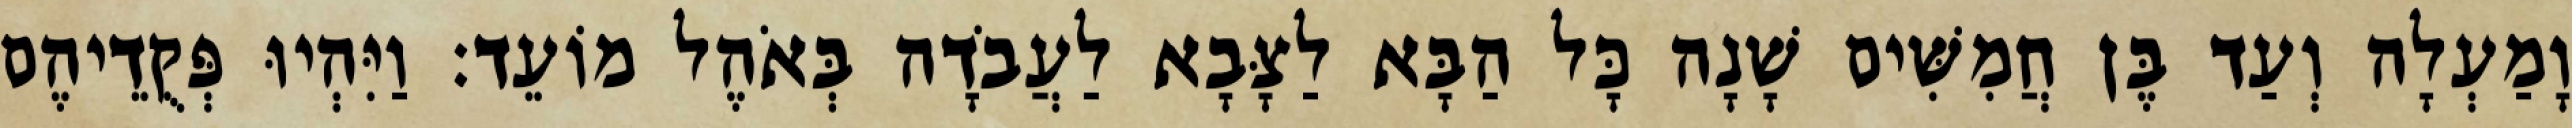
וָמַעְלָה וְעַד בֶּן חֲמִשִּׁים שָׁנָה כָּל הַבָּא לַצָּבָא לַעֲבֹדָה בְּאֹהֶל מוֹעֵד׃ וַיִּהְיוּ פְּקֻדֵיהֶם